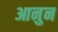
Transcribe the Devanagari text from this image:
आनुन